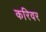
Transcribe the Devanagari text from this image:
करिवर